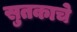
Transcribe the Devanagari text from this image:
सुतकाचे